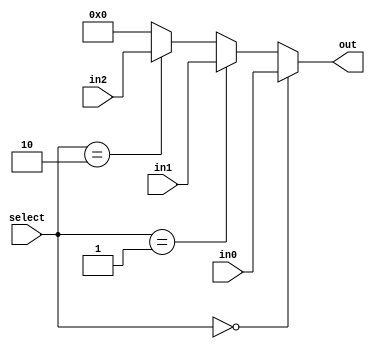
`timescale 1ns / 1ps
//////////////////////////////////////////////////////////////////////////////////
// Company: 
// Engineer: 
// 
// Design Name: 
// Module Name: MUX_3_1
// Project Name: 
// Target Devices: 
// Tool Versions: 
// Description: 
// 
// Dependencies: 
// 
// Revision:
// Revision 0.01 - File Created
// Additional Comments:
// 
//////////////////////////////////////////////////////////////////////////////////


module MUX_3_1(
    input [31:0] in0,
    input [31:0] in1,
    input [31:0] in2,
    input [1:0] select,
    output reg [31:0] out
    );
    
    always@(*)
    begin
        if(select == 2'b00)
        begin
            out <= in0;
        end
        
        else if(select == 2'b01)
        begin
            out <= in1;
        end
        
        else if(select == 2'b10)
        begin
            out <= in2;
        end
        
        else
        begin
            out <= 0;
        end
    end
    
endmodule